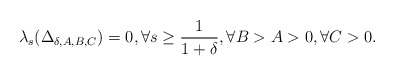
\begin{align*} \lambda_{s}(\Delta_{\delta,A,B,C})=0, \forall s\geq \frac{1}{1+\delta}, \forall B>A>0, \forall C>0.\end{align*}